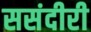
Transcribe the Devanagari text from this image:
ससंदीरी